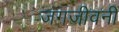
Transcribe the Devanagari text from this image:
जगजीवनी